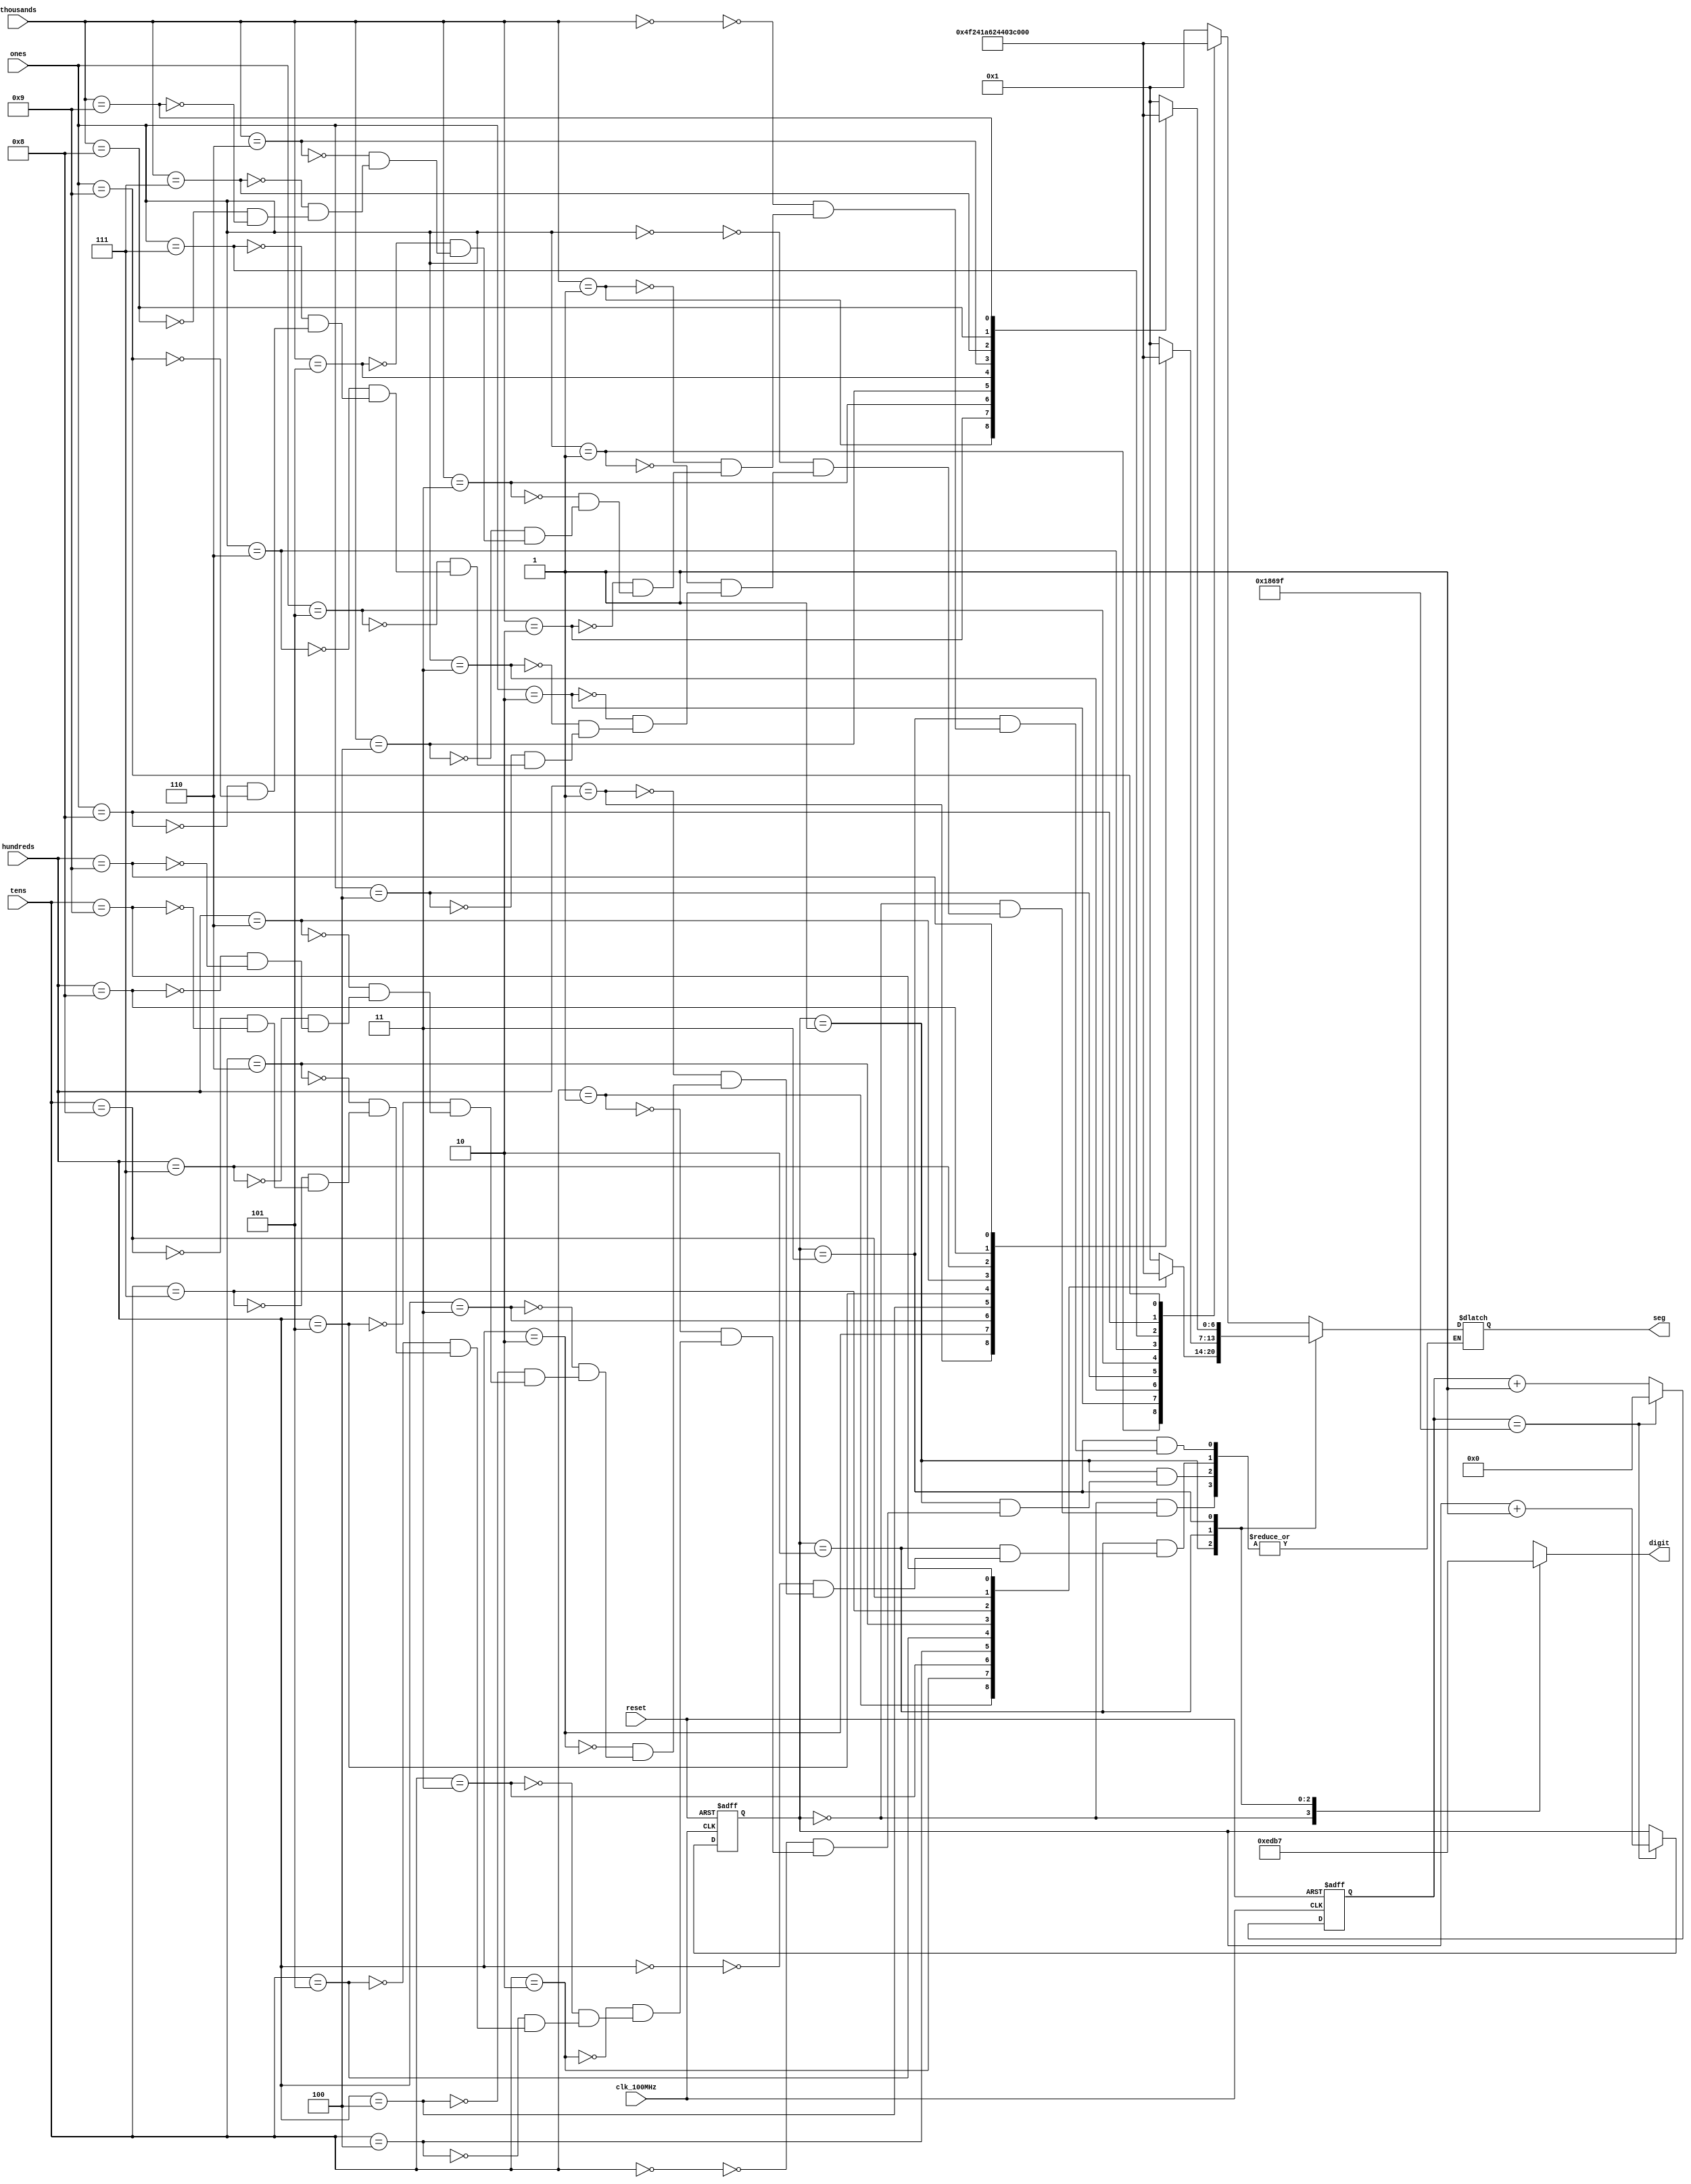
// This program was cloned from: https://github.com/FPGADude/Digital-Design
// License: GNU General Public License v3.0

`timescale 1ns / 1ps

module seg7_control(
    input clk_100MHz,
    input reset,
    input [3:0] ones,
    input [3:0] tens,
    input [3:0] hundreds,
    input [3:0] thousands,
    output reg [0:6] seg,       // segment pattern 0-9
    output reg [3:0] digit      // digit select signals
    );
    
    // Parameters for segment patterns
    parameter ZERO  = 7'b000_0001;  // 0
    parameter ONE   = 7'b100_1111;  // 1
    parameter TWO   = 7'b001_0010;  // 2 
    parameter THREE = 7'b000_0110;  // 3
    parameter FOUR  = 7'b100_1100;  // 4
    parameter FIVE  = 7'b010_0100;  // 5
    parameter SIX   = 7'b010_0000;  // 6
    parameter SEVEN = 7'b000_1111;  // 7
    parameter EIGHT = 7'b000_0000;  // 8
    parameter NINE  = 7'b000_0100;  // 9
    
    // To select each digit in turn
    reg [1:0] digit_select;     // 2 bit counter for selecting each of 4 digits
    reg [16:0] digit_timer;     // counter for digit refresh
    
    // Logic for controlling digit select and digit timer
    always @(posedge clk_100MHz or posedge reset) begin
        if(reset) begin
            digit_select <= 0;
            digit_timer <= 0; 
        end
        else                                        // 1ms x 4 displays = 4ms refresh period
            if(digit_timer == 99_999) begin         // The period of 100MHz clock is 10ns (1/100,000,000 seconds)
                digit_timer <= 0;                   // 10ns x 100,000 = 1ms
                digit_select <=  digit_select + 1;
            end
            else
                digit_timer <=  digit_timer + 1;
    end
    
    // Logic for driving the 4 bit anode output based on digit select
    always @(digit_select) begin
        case(digit_select) 
            2'b00 : digit = 4'b1110;   // Turn on ones digit
            2'b01 : digit = 4'b1101;   // Turn on tens digit
            2'b10 : digit = 4'b1011;   // Turn on hundreds digit
            2'b11 : digit = 4'b0111;   // Turn on thousands digit
        endcase
    end
    
    // Logic for driving segments based on which digit is selected and the value of each digit
    always @*
        case(digit_select)
            2'b00 : begin       // ONES DIGIT
                        case(ones)
                            4'b0000 : seg = ZERO;
                            4'b0001 : seg = ONE;
                            4'b0010 : seg = TWO;
                            4'b0011 : seg = THREE;
                            4'b0100 : seg = FOUR;
                            4'b0101 : seg = FIVE;
                            4'b0110 : seg = SIX;
                            4'b0111 : seg = SEVEN;
                            4'b1000 : seg = EIGHT;
                            4'b1001 : seg = NINE;
                        endcase
                    end
                    
            2'b01 : begin       // TENS DIGIT
                        case(tens)
                            4'b0000 : seg = ZERO;
                            4'b0001 : seg = ONE;
                            4'b0010 : seg = TWO;
                            4'b0011 : seg = THREE;
                            4'b0100 : seg = FOUR;
                            4'b0101 : seg = FIVE;
                            4'b0110 : seg = SIX;
                            4'b0111 : seg = SEVEN;
                            4'b1000 : seg = EIGHT;
                            4'b1001 : seg = NINE;
                        endcase
                    end
                    
            2'b10 : begin       // HUNDREDS DIGIT
                        case(hundreds)
                            4'b0000 : seg = ZERO;
                            4'b0001 : seg = ONE;
                            4'b0010 : seg = TWO;
                            4'b0011 : seg = THREE;
                            4'b0100 : seg = FOUR;
                            4'b0101 : seg = FIVE;
                            4'b0110 : seg = SIX;
                            4'b0111 : seg = SEVEN;
                            4'b1000 : seg = EIGHT;
                            4'b1001 : seg = NINE;
                        endcase
                    end
                    
            2'b11 : begin       // MINUTES ONES DIGIT
                        case(thousands)
                            4'b0000 : seg = ZERO;
                            4'b0001 : seg = ONE;
                            4'b0010 : seg = TWO;
                            4'b0011 : seg = THREE;
                            4'b0100 : seg = FOUR;
                            4'b0101 : seg = FIVE;
                            4'b0110 : seg = SIX;
                            4'b0111 : seg = SEVEN;
                            4'b1000 : seg = EIGHT;
                            4'b1001 : seg = NINE;
                        endcase
                    end
        endcase

endmodule